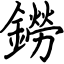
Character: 鐒